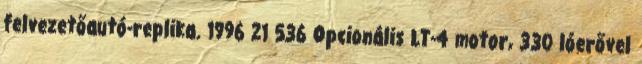
felvezetőautó-replika. 1996 21 536 Opcionális LT-4 motor, 330 lóerővel